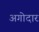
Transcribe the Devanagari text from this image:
अगोदार